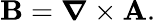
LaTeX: \mathbf{B}={\boldsymbol{\nabla}}\times\mathbf{A}.